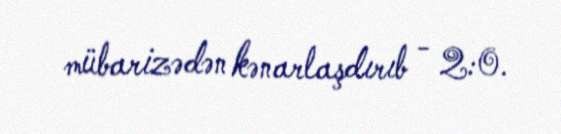
mübarizədən kənarlaşdırıb - 2:0.